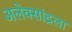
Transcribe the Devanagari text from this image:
अलेक्सांद्रला